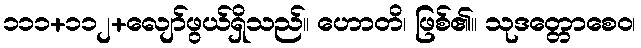
၁၁၁+၁၁၂+လျော်ဖွယ်ရှိသည်။ ဟောတိ၊ ဖြစ်၏။ သုဒတ္တောစေဝ၊